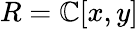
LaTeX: R=\mathbb{C}[x,y]